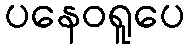
ပနေဝရူပေ